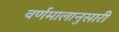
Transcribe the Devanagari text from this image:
वर्णमालानुसारी